Illuka_vallavalitsus, lk 21
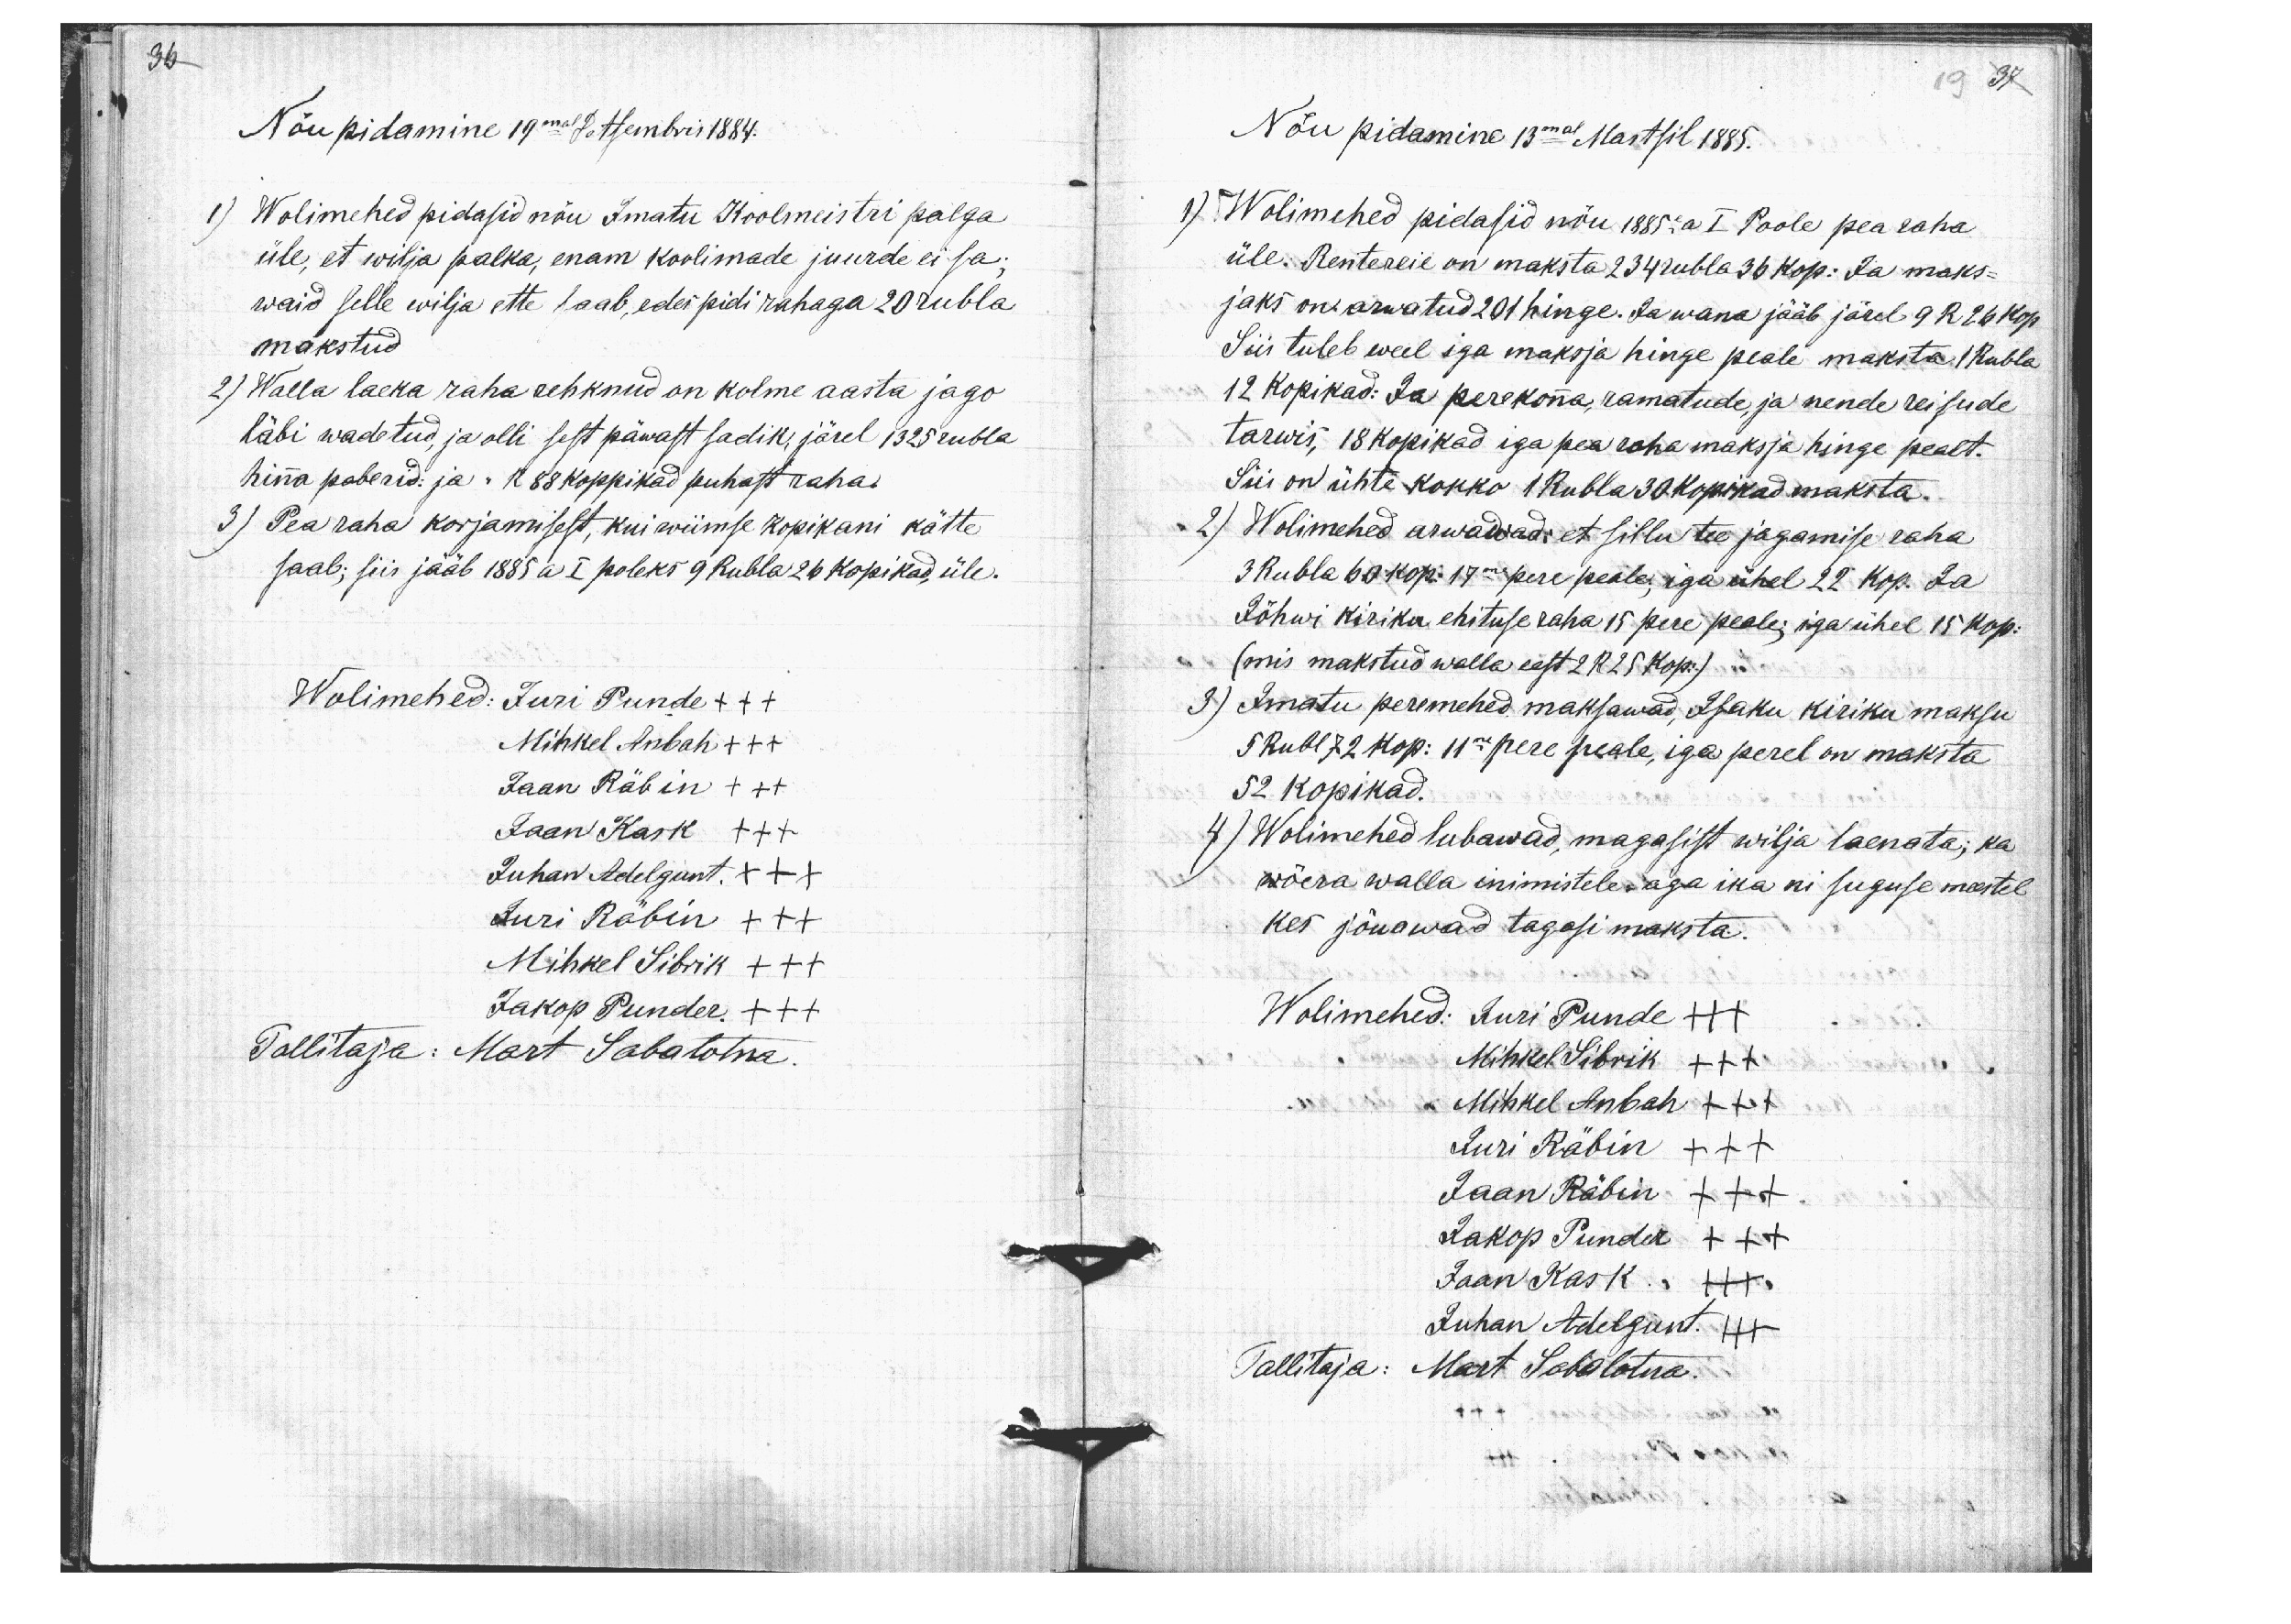
36

Nõupidamine 19mal Detsembris 1884.
1)
Wolimehed pidasid nõu Imatu Koolmeistri palga
üle, et wilja palka, enam koolimade juurde ei sa;
waid selle wilja ette saab, edes pidi rahaga 20 rubla
makstud
2) Walla laeka raha rehknud on kolme aasta jago
läbi wadetud, ja olli sest päwast sadik järel 1325 rubla
hinna paberid: ja " R 88 koppikad puhast raha.
3) Pea raha korjamisest, kui wiimse kopikani kätte
saab; siis jääb 1885 a I poleks 9 Rubla 26 kopikad, üle.
Wolimehed: Juri Punde +++
Mihkel Anbah +++
Jaan Räbin +++
Jaan Kask +++
Juhan Adelgunt +++
Juri Räbin +++
Mihkel Sibrik +++
Jakop Punder +++
Tallitaja: Mart Sabalotna.

Nõu pidamine 13mal Martsil 1885.

1) Wolimehed pidasid nõu 1885: a I Poole pea raha
üle. Rentereie on maksta 234 rubla 36 kop: Ja maks-
jaks on arwatud 201 hinge. Ja wana jääb järel 9 R 26 kop.
Siis tuleb weel iga maksja hinge peale maksta 1 Rubla
12 kopikad: Ja perekonna ramatude, ja nende reisude
tarwis, 18 kopikad iga pea raha maksja hinge pealt.
Siis on ühte kokko 1 Rubla 30 kopikad maksta.
2) Wolimehed arwawad: et sillu tee jagamise raha
3 Rubla 60 kop. 17ne pere peale iga ühel 22 kop. Ja
Jõhwi kiriku ehituse raha 15 pere peale iga ühel 15 kop.
(mis makstud walla eest 2 R 25 kop.)
3) Imatu peremehed maksawad, Isaku kiriku maksu
5 Rubl 72 kop: 11ne pere peale, iga perel on maksta
52 kopikad.
4) Wolimehed lubawad, magasist wilja laenata; ka
wõera walla inimistele, aga ika ni suguse meestel
kes jõuawad tagasi maksta.
Wolimehed: Juri Punde +++
Mihkel Sibrik +++
Mihkel Anbah +++
Juri Räbin +++
Jaan Räbin +++
Jakop Punder +++
Jaan Kask. +++
Juhan Adelgunt +++
Tallitaja: Mart Sabalotna.